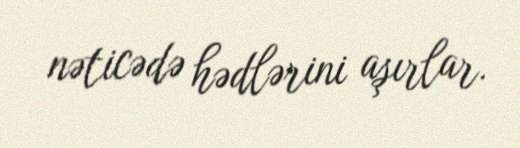
nəticədə hədlərini aşırlar.